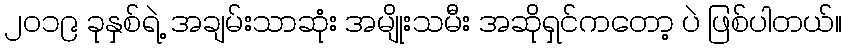
၂၀၁၉ ခုနှစ်ရဲ့ အချမ်းသာဆုံး အမျိုးသမီး အဆိုရှင်ကတော့ ပဲ ဖြစ်ပါတယ်။